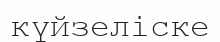
күйзеліске